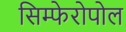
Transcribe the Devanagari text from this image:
सिम्फेरोपोल